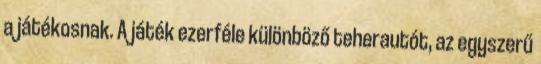
a játékosnak. A játék ezerféle különböző teherautót, az egyszerű